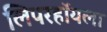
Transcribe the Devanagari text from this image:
लिपरहॉयला